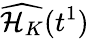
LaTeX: \widehat{\mathcal{H}_{K}}(t^{1})